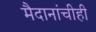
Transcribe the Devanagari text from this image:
मैदानांचीही